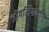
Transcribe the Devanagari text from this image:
जोंगलिंगकोंग